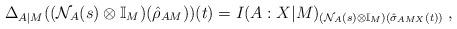
LaTeX: \begin{align*}\Delta_{A|M}((\mathcal{N}_A(s)\otimes\mathbb{I}_M)(\hat{\rho}_{AM}))(t) = I(A:X|M)_{(\mathcal{N}_A(s)\otimes\mathbb{I}_M)(\hat{\sigma}_{AMX}(t))}\;,\end{align*}